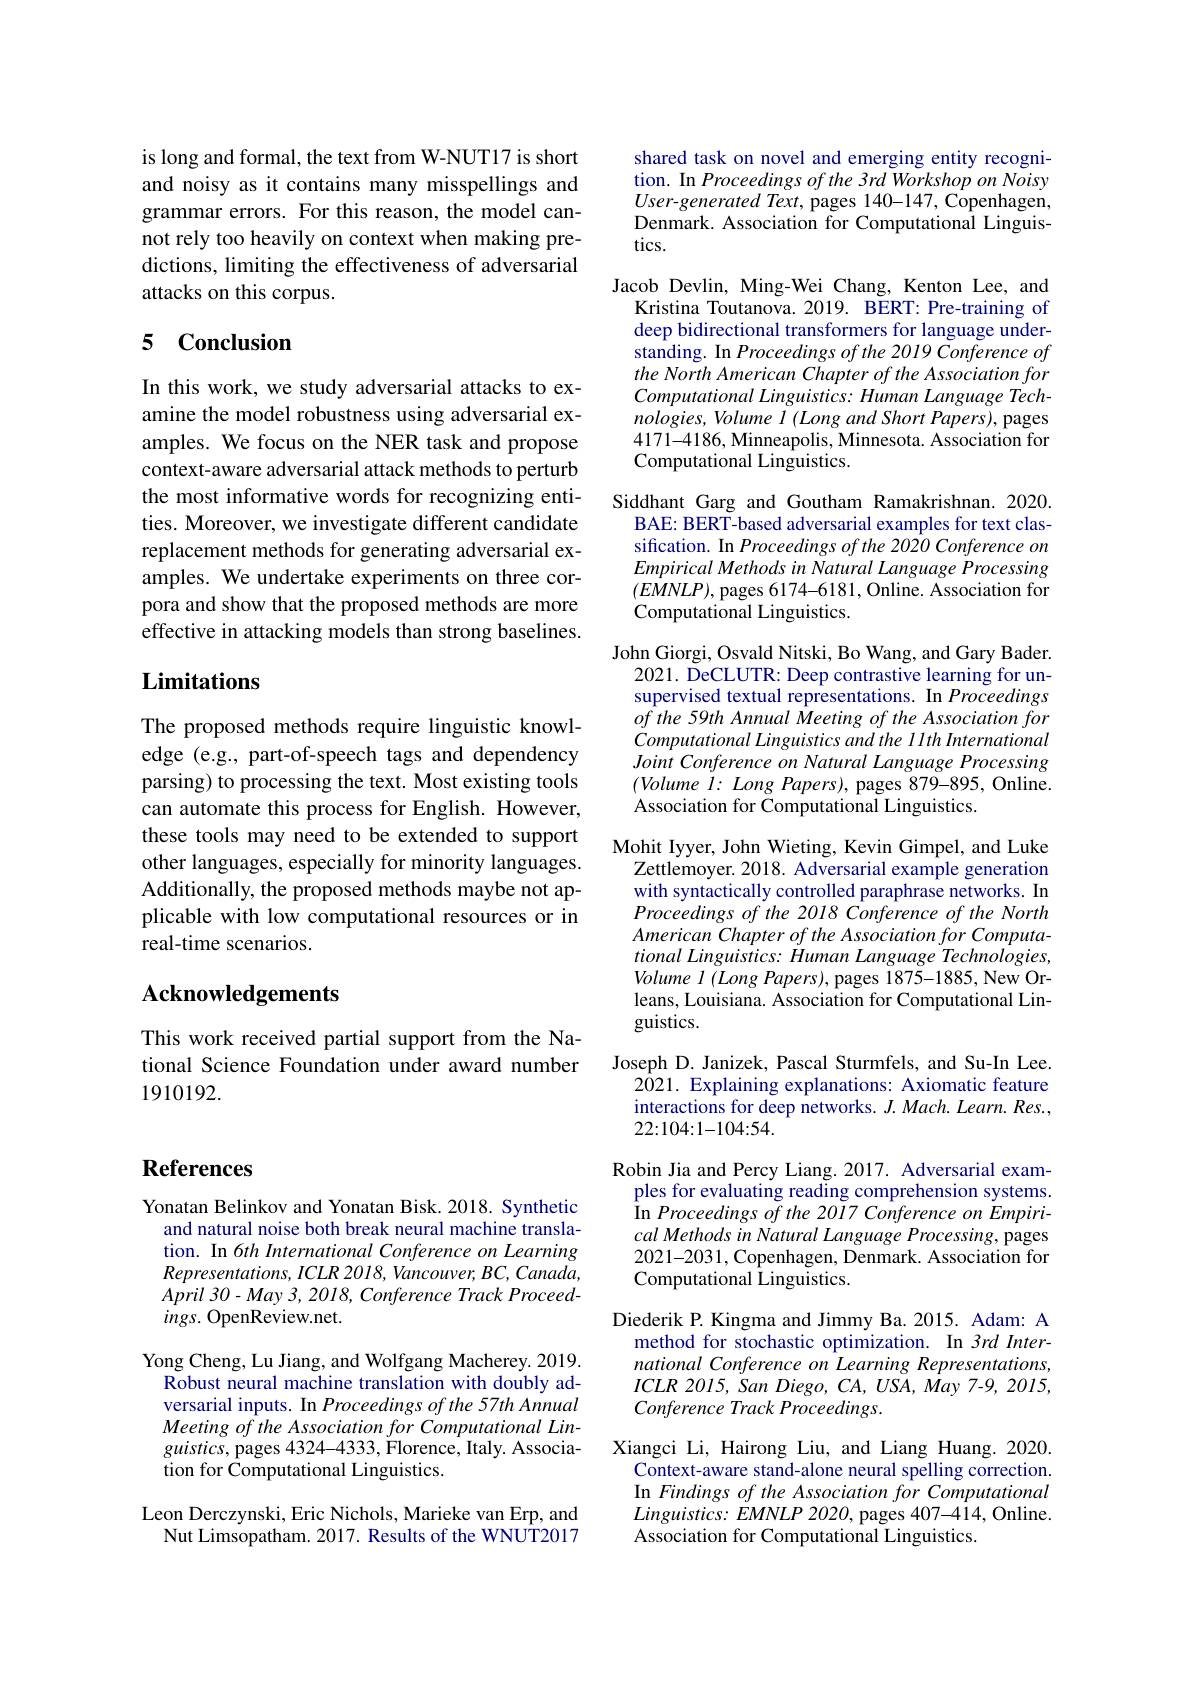
is long and formal, the text from W-NUT17 is short and noisy as it contains many misspellings and grammar errors. For this reason, the model cannot rely too heavily on context when making predictions, limiting the effectiveness of adversarial attacks on this corpus.

# 5 Conclusion

In this work, we study adversarial attacks to examine the model robustness using adversarial examples. We focus on the NER task and propose context-aware adversarial attack methods to perturb the most informative words for recognizing entities. Moreover, we investigate different candidate replacement methods for generating adversarial examples. We undertake experiments on three corpora and show that the proposed methods are more effective in attacking models than strong baselines.

# Limitations

The proposed methods require linguistic knowledge (e.g., part-of-speech tags and dependency parsing) to processing the text. Most existing tools can automate this process for English. However, these tools may need to be extended to support other languages, especially for minority languages. Additionally, the proposed methods maybe not applicable with low computational resources or in real-time scenarios.

## $\mathbf{Acknowledgements}$

This work received partial support from the National Science Foundation under award number 1910192.

shared task on novel and emerging entity recognition. In Proceedings of the 3rd Workshop on Noisy User-generated Text, pages 140-147, Copenhagen, Denmark. Association for Computational Linguistics.

Jacob Devlin, Ming-Wei Chang, Kenton Lee, and
Kristina Toutanova. 2019. BERT: Pre-training of deep bidirectional transformers for language understanding. In Proceedings of the 2019 Conference of the North American Chapter of the Association for Computational Linguistics: Human Language Tech- $nologies,Volume~I~(Long~and~Short~Papers),~$pages 4171-4186, Minneapolis, Minnesota. Association for Computational Linguistics.

Siddhant Garg and Goutham Ramakrishnan.2020.
BAE: BERT-based adversarial examples for text classification. In Proceedings of the 2020 Conference on EmpiricalMethodsinNatural Language Processing $(EMNLP)$, pages 6174-6181, Online. Association for Computational Linguistics.

John Giorgi, Osvald Nitski, Bo Wang, and Gary Bader.

2021. DeCLUTR: Deep contrastive learning for un-

supervised textual representations. In Proceedings

ofthe 59th Annual Meeting of the Association for

Computational Linguistics and the 1 Ith International

Joint Conference on Natural Language Processing

$(Volume~l:~Long~Papers),~$pages 879-895, Online.

Association for Computational Linguistics.

Mohit Iyyer, John Wieting, Kevin Gimpel, and Luke

Zettlemoyer. 2018. Adversarial example generation

with syntactically controlled paraphrase networks. In

Proceedings of the 2018 Conference of the North

American Chapter of the Association for Computa-

tional Linguistics: Human Language Technologies,

Volume $l\left(Long\textit{Papers}\right)$, pages 1875-1885, New Or-

leans, Louisiana. Association for Computational Lin-

guistics.

Joseph D. Janizek, Pascal Sturmfels, and Su-In Lee.

$2\bar{0}21.$ Explaining explanations: Axiomatic feature

interactions for deep networks. $J.Mach.Learn.Res.$,

22:104:1-104:54.

Robin Jia and Percy Liang. 2017. Adversarial exam-

ples for evaluating reading comprehension systems.

$\hat{\mathrm{In}} \textit{Proceedings of the 2017 Conference on Empiri- }$

$cal\textit{Methods in Natural Language Processing, pages}$

2021-2031, Copenhagen, Denmark. Association for

Computational Linguistics.

Diederik P. Kingma and Jimmy Ba.2015. Adam: A

method for stochastic optimization. In 3rd Inter-

national Conference on Learning Representations,

$ICLR~2015,~San~Diego,~CA,~USA,~May~7-9,~2015$,

Conference Track Proceedings.

Xiangci Li, Hairong Liu, and Liang Huang.2020.

Context-aware stand-alone neural spelling correction.

In Findings of the Association for Computational

$Linguistics:EMNLP$ 2020, pages 407-414, Online.

Association for Computational Linguistics.

## References

Yonatan Belinkov and Yonatan Bisk. 2018. Synthetic
and natural noise both break neural machine translation. In 6th International Conference on Learning $Representations,ICLR2018,Vancouver,BC,Canada$, April $30- May$ 3, 2018, Conference Track $Proceed-$ $ings.$ OpenReview.net.

Yong Cheng, Lu Jiang, and Wolfgang Macherey. 2019.
Robust neural machine translation with doubly adversarial inputs. In Proceedings of the 57th Annual Meeting of the Association for Computational Lin- $guistics$, pages 4324-4333, Florence, Italy. Association for Computational Linguistics.

Leon Derczynski, Eric Nichols, Marieke van Erp, and Nut Limsopatham. 2017. Results of the WNUT2017